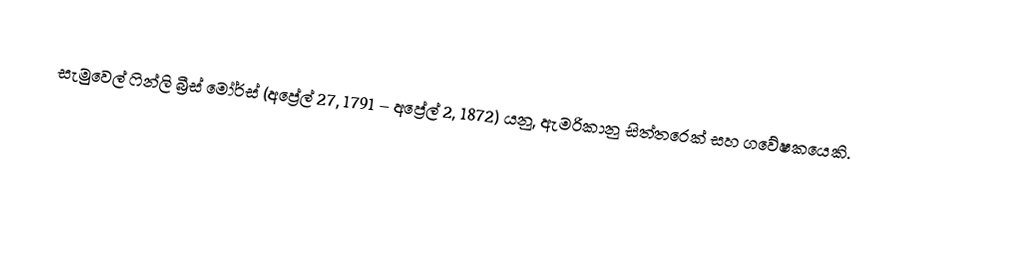
සැමුවෙල් ෆින්ලි බ්‍රීස් මෝර්ස් (අප්‍රේල් 27, 1791 – අප්‍රේල් 2, 1872) යනු, ඇමරිකානු සිත්තරෙක් සහ ගවේෂකයෙකි.